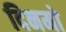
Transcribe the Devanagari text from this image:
दिनमो